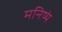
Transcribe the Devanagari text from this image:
मनिष्यं